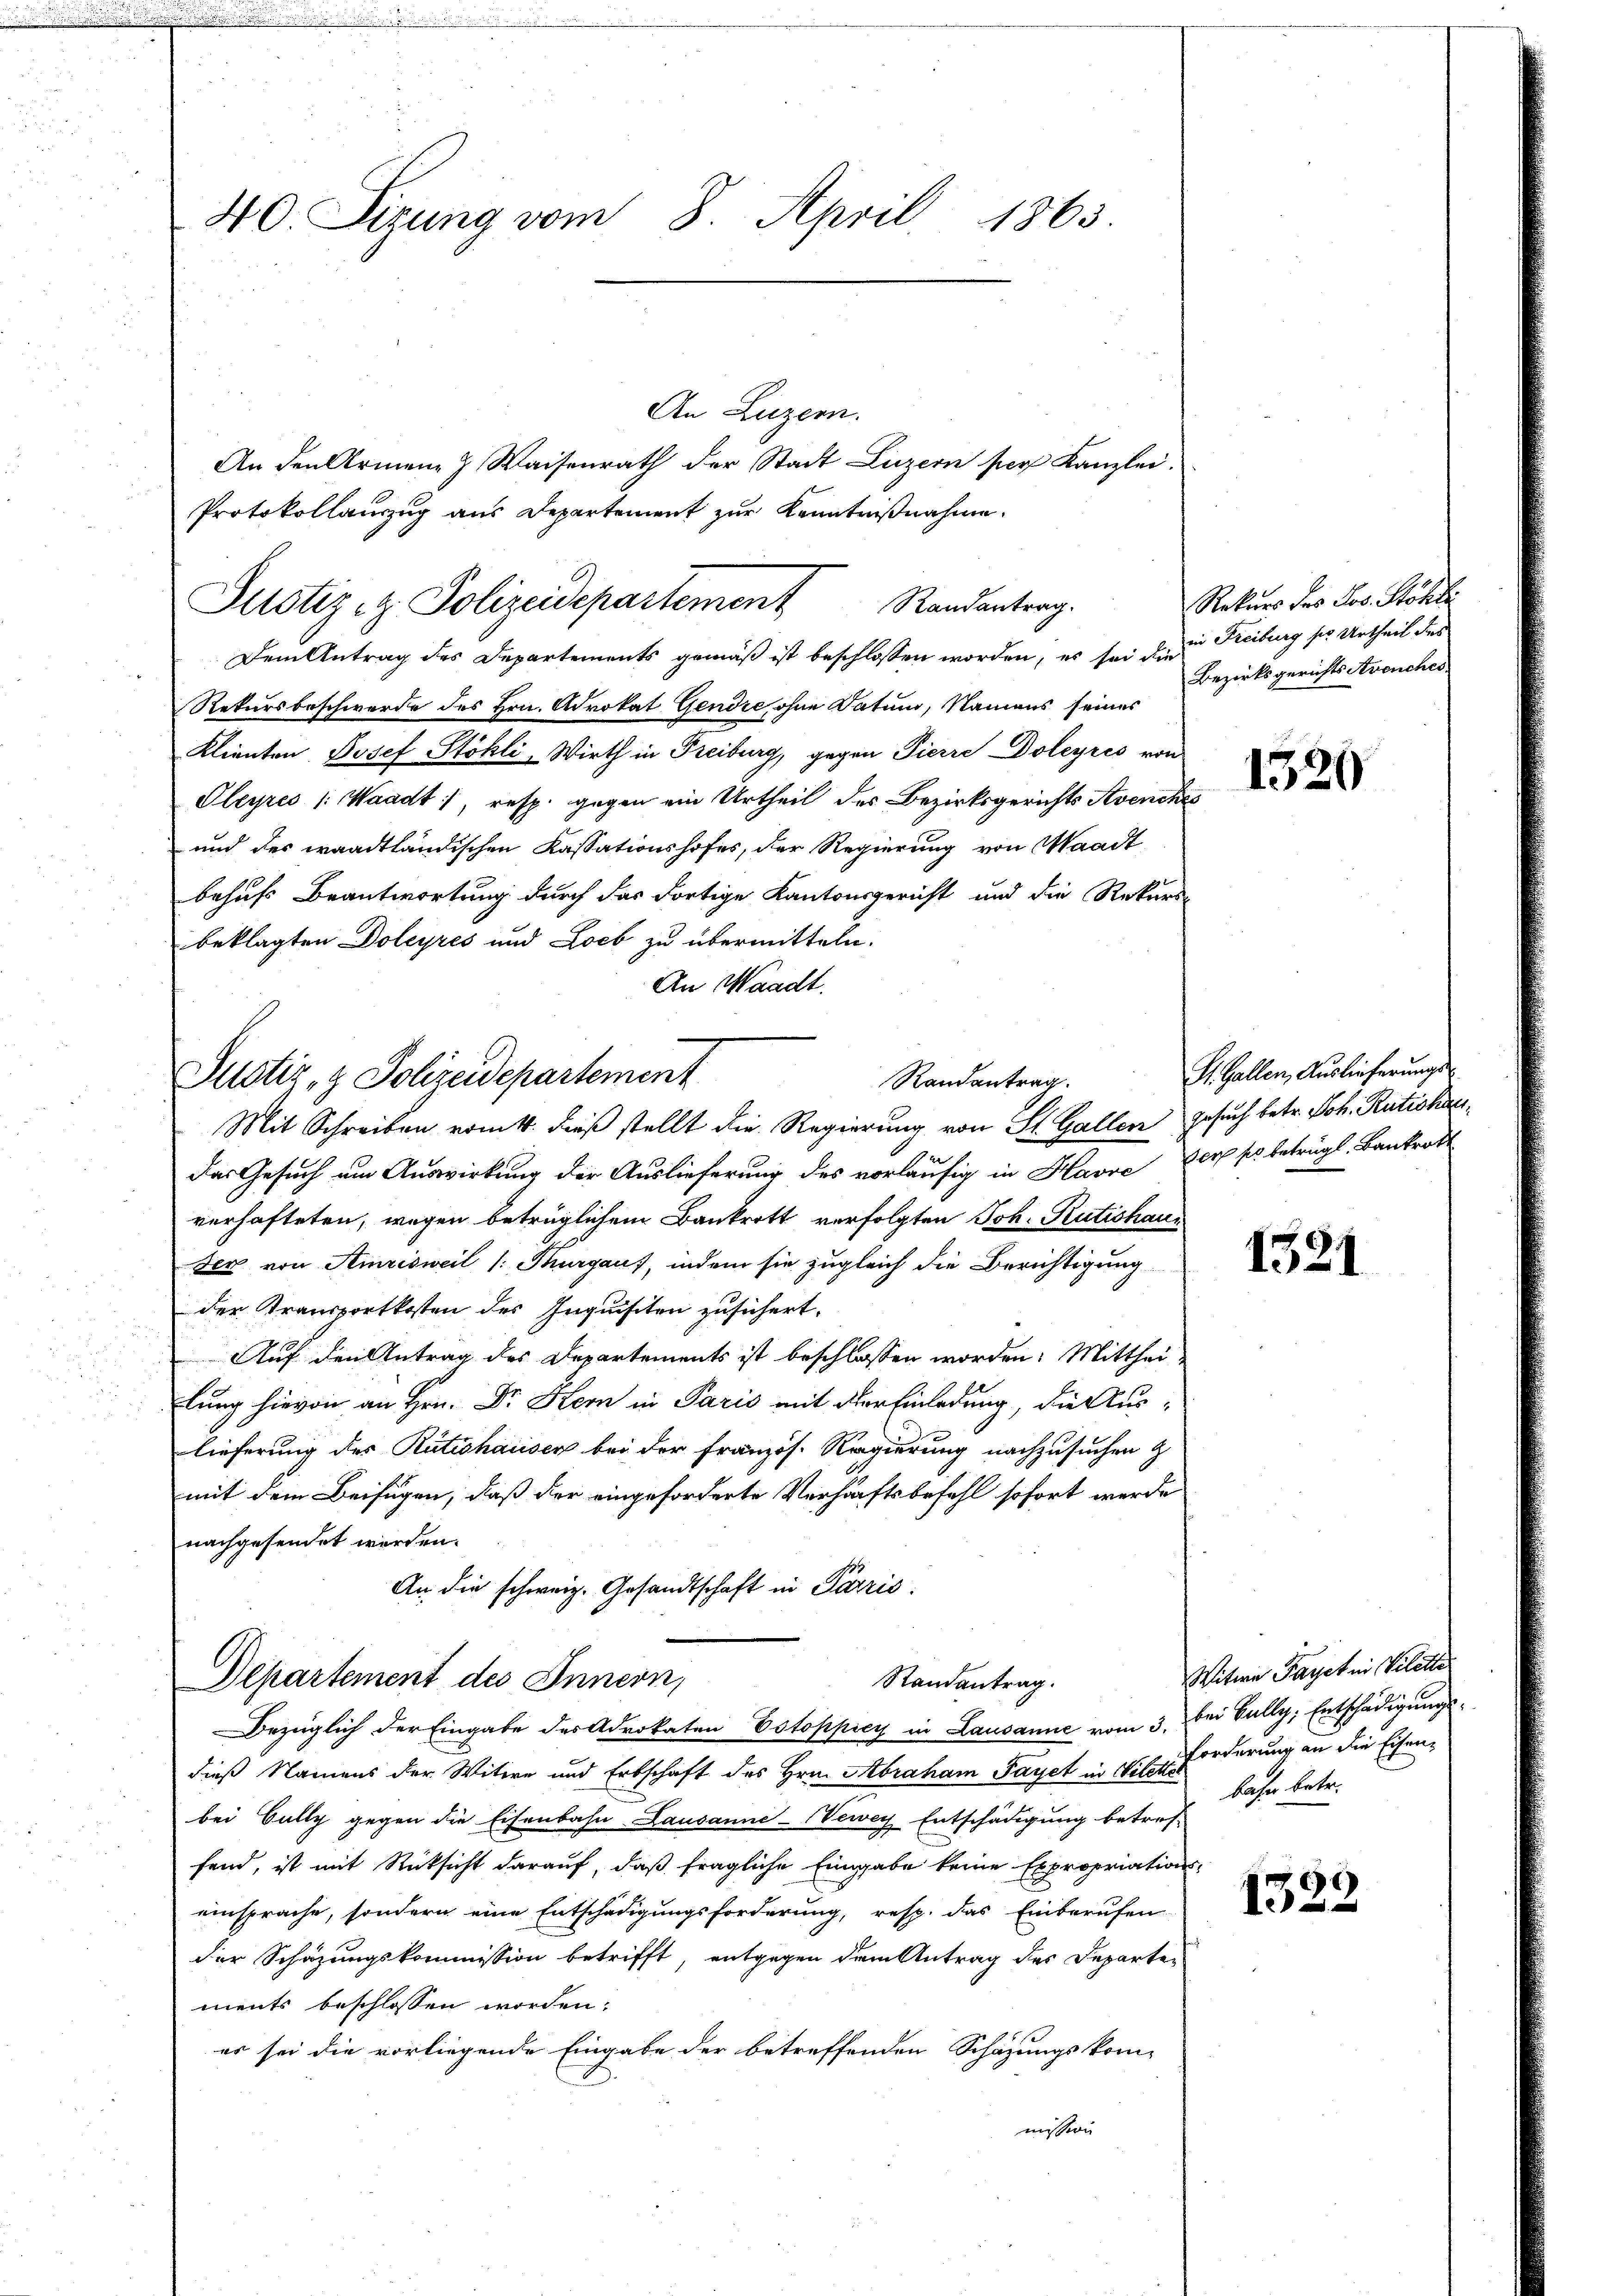
40. Sizung vom 8. April 1863.

Rekursbeschwerde des Hrn. Advokat Gendre, ohne Datum, Namens seines
Klienten Josef Stöhli, Wirth in Freiburg, gegen Pierre Doleyres von
Pleyres (Waadt, resp. gegen ein Urtheil des Bezirksgerichts Avenches
und des waadtländischen Kassationshofes, der Regierung von Waadt
behufs Beantwortung durch das dortige Kantonsgericht und die Rekurs-
beklagten Doleyres und Loch zu übermitteln.
An Waadt.

An Luzern.
An den Armen & Waisenrath der Stadt Luzern per Kanzlei.
Protokollauszug aus Departement zur Kenntnißnahme.
Justiz- & Polizeidepartement Randantrag.
Dem Antrag des Departements gemäß ist beschlossen worden, es sei u. zu Freiburg ses Urtheil dies

Justiz- & Polizeidepartement
Randantrag.
Mit Schreiben vom 4. dieß stellt die Regierung von St. Gallen Gesuch betr. Joh. Rutishau¬

Departement des Innern,
Randantrag.
Bezüglich der Eingabe des Advokaten Estoppicy in Lausanne vom 3. bei Bally, Entschädigungs¬

Das Gesuch um Auswirkung der Auslieferung des vorläufig in Havre der so betrügl. Bankrott
verhafteten, wegen betrüglichem Bankrott verfolgten Joh. Rutishaus
Der von Amrisweil (: Kurgaus, indem sie zugleich die Berichtigung
der Transportkosten des Inquisiten zusichert.
Auf den Antrag des Departements ist beschlossen worden. Mitthei
lung hievon an Hrn. Dr. Kern in Paris mit der Einladung, die Auslieferung des Rütishauser bei der Französ. Regierung nachzusuchen z
mit dem Beifügen, daß der eingeforderte Verhaftsbefehl sofort werde
nachgesendet worden.
An die schweiz. Gesandtschaft in Paris

dieß Namens der Witwe und Erbschaft des Hrn. Abraham Payet in die Forderung an die Eisenbei Bally gegen die Eisenbahn Lausanne-Vewey Entschädigung betref-
fand, ist mit Rücksicht darauf, daß fragliche Eingabe keine Expropriations-
einsprache, sondern eine Entschädigungsforderung, resp. das Einberufen
der Schazungskommission betrifft, entgegen dem Antrag des Departements beschlossen worden.
es sei die vorliegende Eingabe der betreffenden Schazungskom-
mission

Rekurs des Jos. Stöhli
Bezirksgerichts Avenches

1320

St. Gallen, Auslieferungs

1521

Witwe Paget ein Vilette
bahn betr.

1322